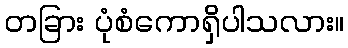
တခြား ပုံစံကောရှိပါသလား။